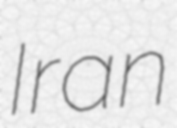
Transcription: Iran